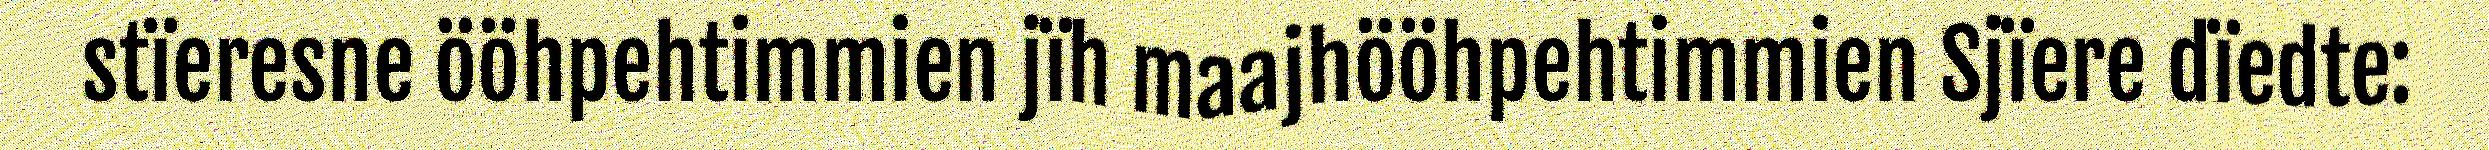
stïeresne ööhpehtimmien jïh maajhööhpehtimmien Sjïere dïedte: